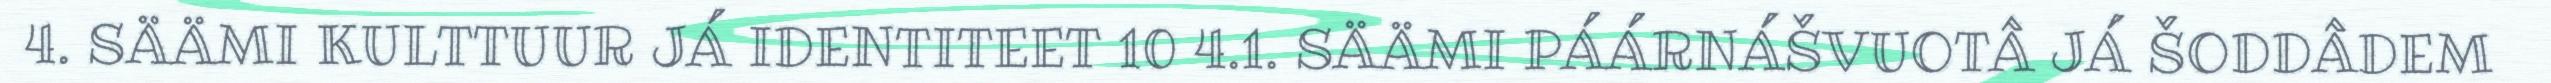
4. SÄÄMI KULTTUUR JÁ IDENTITEET 10 4.1. SÄÄMI PÁÁRNÁŠVUOTÂ JÁ ŠODDÂDEM